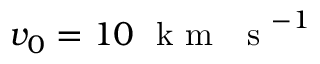
v _ { 0 } = 1 0 ~ \mathrm { ~ k ~ m ~ ~ ~ s ~ } ^ { - 1 }